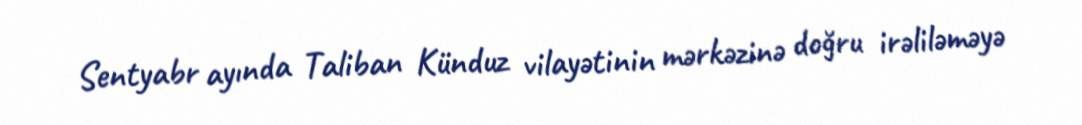
Sentyabr ayında Taliban Künduz vilayətinin mərkəzinə doğru irəliləməyə